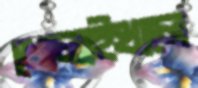
ধোলাইখালে